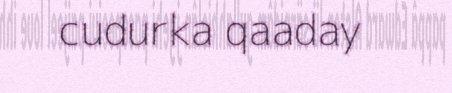
cudurka qaaday